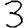
Digit: 3